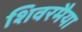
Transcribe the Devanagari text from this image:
शिवरमैया